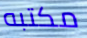
مكتبه